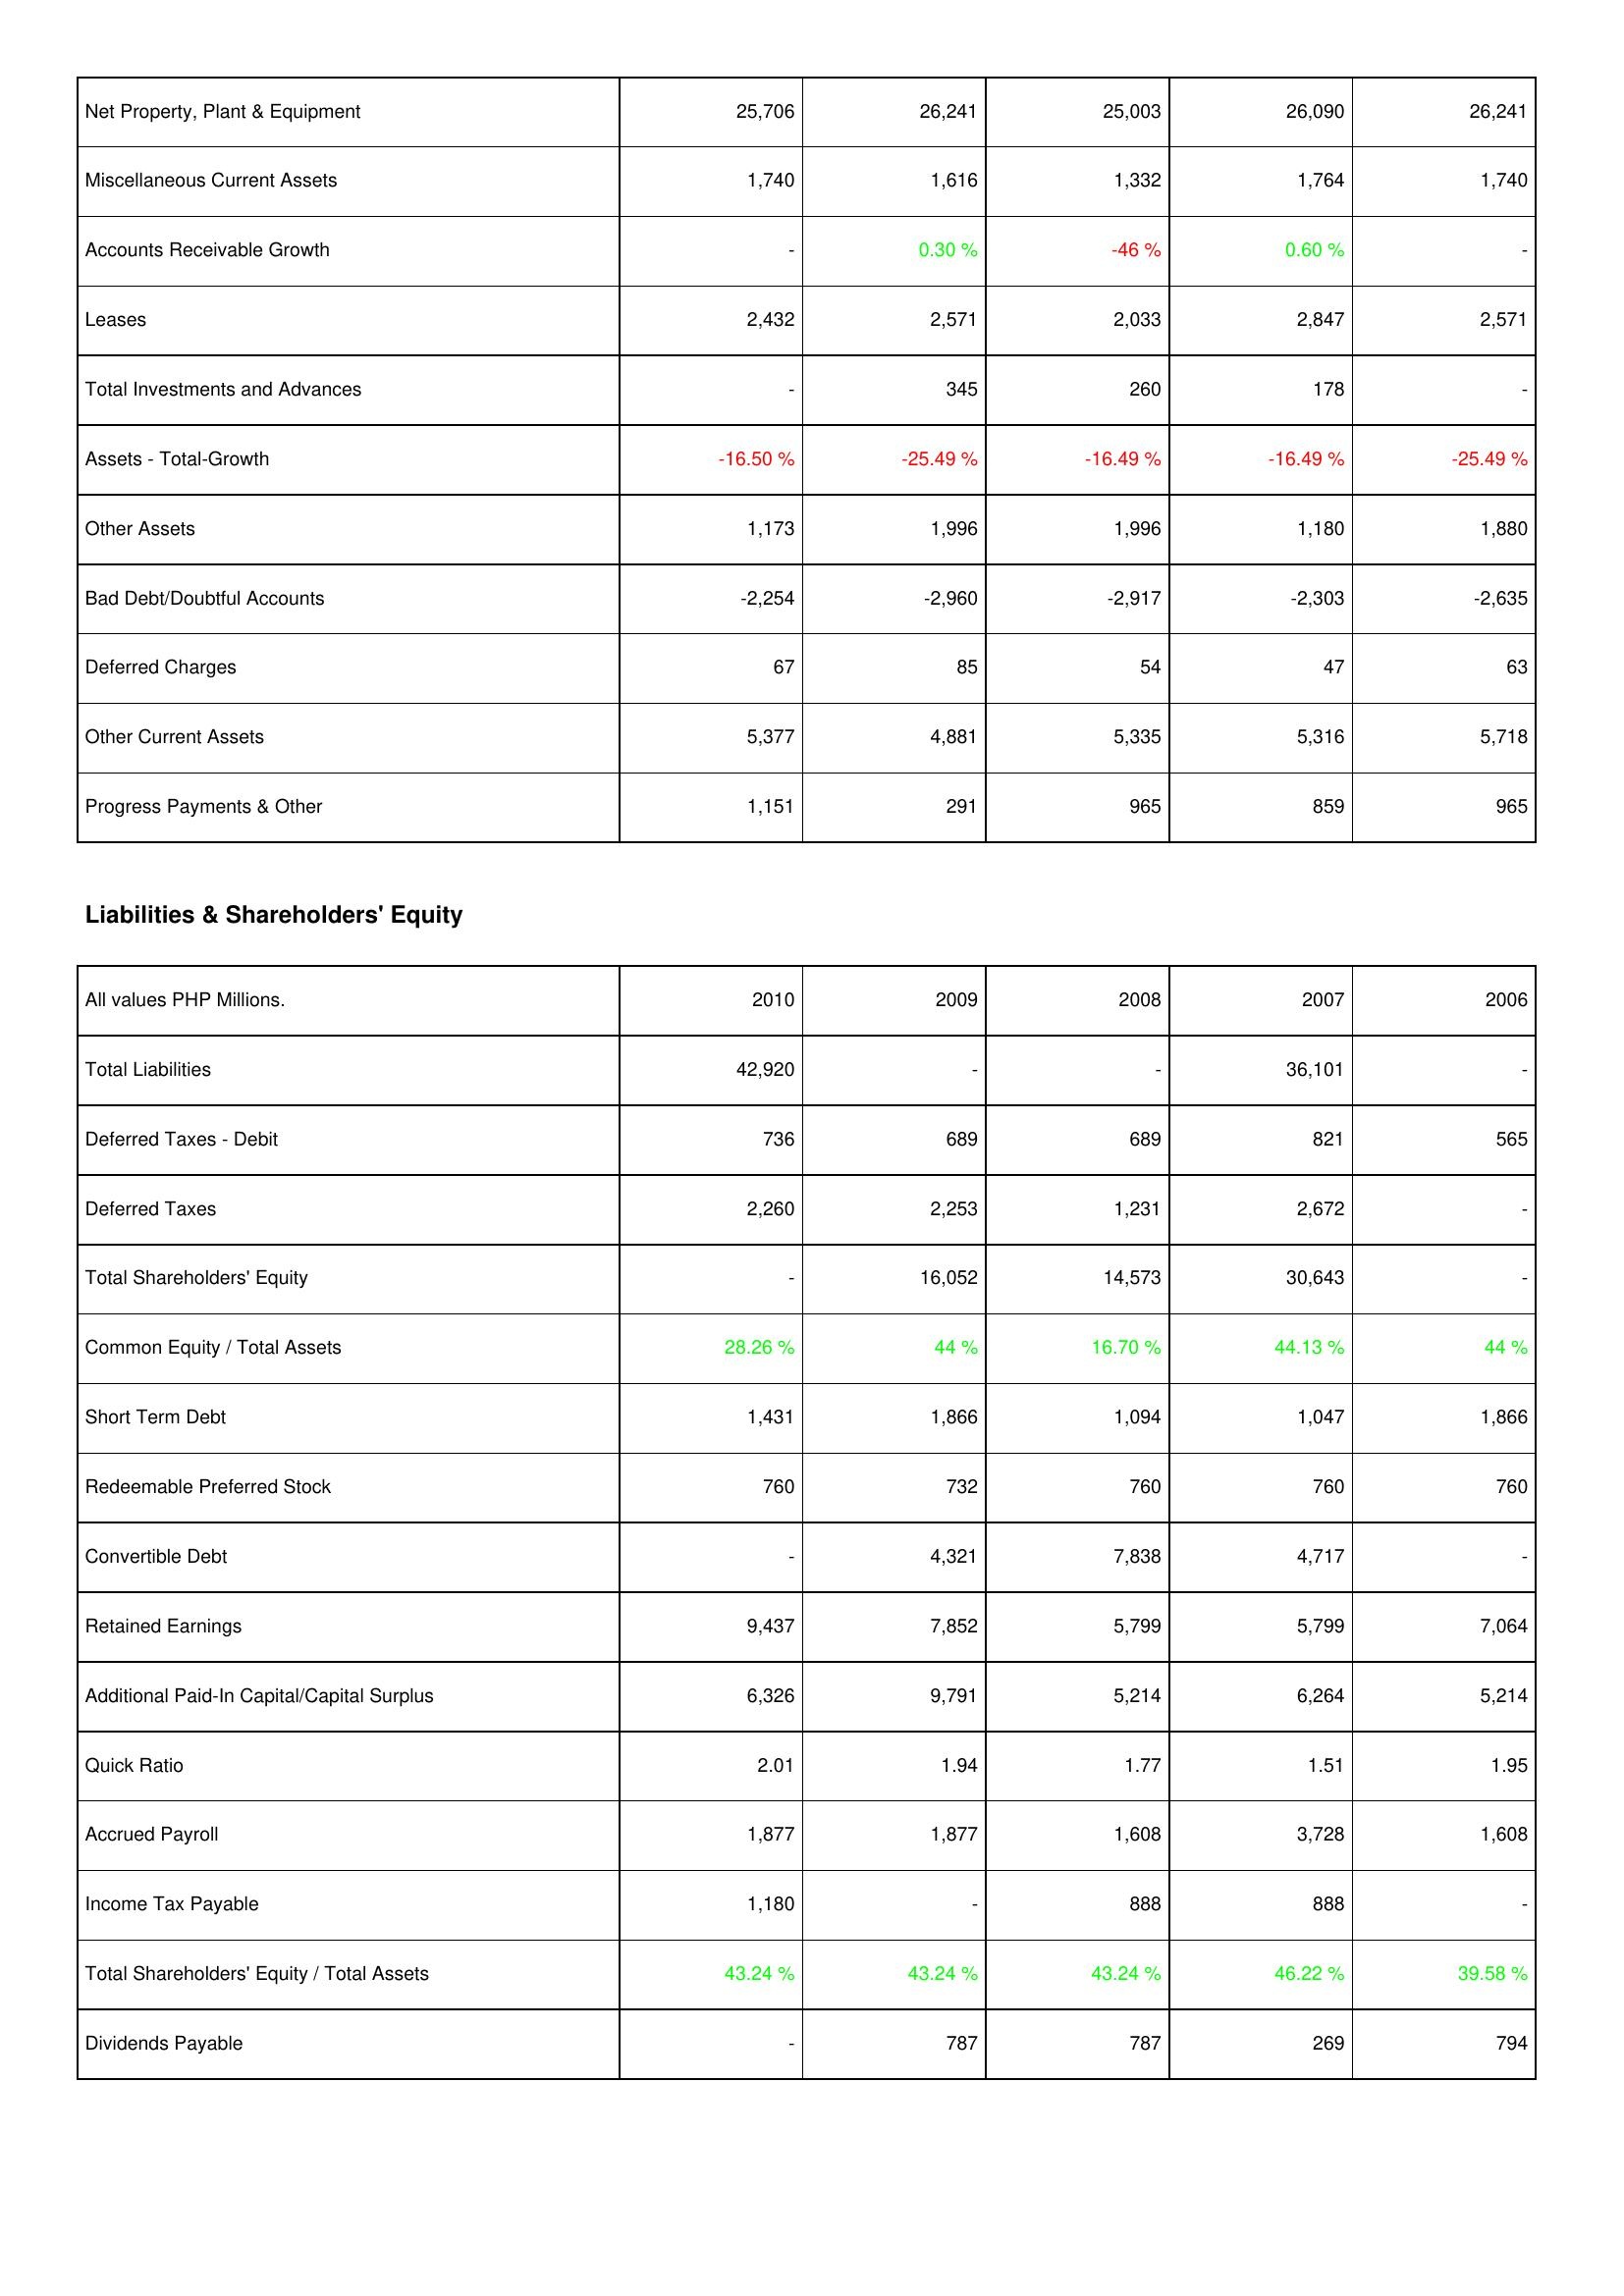
2010: Assets: Net Property, Plant & Equipment: 25,706
Miscellaneous Current Assets: 1,740
Accounts Receivable Growth: -
Leases: 2,432
Total Investments and Advances: -
Assets - Total-Growth: -16.50 %
Other Assets: 1,173
Bad Debt/Doubtful Accounts: -2,254
Deferred Charges: 67
Other Current Assets: 5,377
Progress Payments & Other: 1,151
Liabilities & Shareholders' Equity: Total Liabilities: 42,920
Deferred Taxes - Debit: 736
Deferred Taxes: 2,260
Total Shareholders' Equity: -
Common Equity / Total Assets: 28.26 %
Short Term Debt: 1,431
Redeemable Preferred Stock: 760
Convertible Debt: -
Retained Earnings: 9,437
Additional Paid-In Capital/Capital Surplus: 6,326
Quick Ratio: 2.01
Accrued Payroll: 1,877
Income Tax Payable: 1,180
Total Shareholders' Equity / Total Assets: 43.24 %
Dividends Payable: -
2009: Assets: Net Property, Plant & Equipment: 26,241
Miscellaneous Current Assets: 1,616
Accounts Receivable Growth: 0.30 %
Leases: 2,571
Total Investments and Advances: 345
Assets - Total-Growth: -25.49 %
Other Assets: 1,996
Bad Debt/Doubtful Accounts: -2,960
Deferred Charges: 85
Other Current Assets: 4,881
Progress Payments & Other: 291
Liabilities & Shareholders' Equity: Total Liabilities: -
Deferred Taxes - Debit: 689
Deferred Taxes: 2,253
Total Shareholders' Equity: 16,052
Common Equity / Total Assets: 44 %
Short Term Debt: 1,866
Redeemable Preferred Stock: 732
Convertible Debt: 4,321
Retained Earnings: 7,852
Additional Paid-In Capital/Capital Surplus: 9,791
Quick Ratio: 1.94
Accrued Payroll: 1,877
Income Tax Payable: -
Total Shareholders' Equity / Total Assets: 43.24 %
Dividends Payable: 787
2008: Assets: Net Property, Plant & Equipment: 25,003
Miscellaneous Current Assets: 1,332
Accounts Receivable Growth: -46 %
Leases: 2,033
Total Investments and Advances: 260
Assets - Total-Growth: -16.49 %
Other Assets: 1,996
Bad Debt/Doubtful Accounts: -2,917
Deferred Charges: 54
Other Current Assets: 5,335
Progress Payments & Other: 965
Liabilities & Shareholders' Equity: Total Liabilities: -
Deferred Taxes - Debit: 689
Deferred Taxes: 1,231
Total Shareholders' Equity: 14,573
Common Equity / Total Assets: 16.70 %
Short Term Debt: 1,094
Redeemable Preferred Stock: 760
Convertible Debt: 7,838
Retained Earnings: 5,799
Additional Paid-In Capital/Capital Surplus: 5,214
Quick Ratio: 1.77
Accrued Payroll: 1,608
Income Tax Payable: 888
Total Shareholders' Equity / Total Assets: 43.24 %
Dividends Payable: 787
2007: Assets: Net Property, Plant & Equipment: 26,090
Miscellaneous Current Assets: 1,764
Accounts Receivable Growth: 0.60 %
Leases: 2,847
Total Investments and Advances: 178
Assets - Total-Growth: -16.49 %
Other Assets: 1,180
Bad Debt/Doubtful Accounts: -2,303
Deferred Charges: 47
Other Current Assets: 5,316
Progress Payments & Other: 859
Liabilities & Shareholders' Equity: Total Liabilities: 36,101
Deferred Taxes - Debit: 821
Deferred Taxes: 2,672
Total Shareholders' Equity: 30,643
Common Equity / Total Assets: 44.13 %
Short Term Debt: 1,047
Redeemable Preferred Stock: 760
Convertible Debt: 4,717
Retained Earnings: 5,799
Additional Paid-In Capital/Capital Surplus: 6,264
Quick Ratio: 1.51
Accrued Payroll: 3,728
Income Tax Payable: 888
Total Shareholders' Equity / Total Assets: 46.22 %
Dividends Payable: 269
2006: Assets: Net Property, Plant & Equipment: 26,241
Miscellaneous Current Assets: 1,740
Accounts Receivable Growth: -
Leases: 2,571
Total Investments and Advances: -
Assets - Total-Growth: -25.49 %
Other Assets: 1,880
Bad Debt/Doubtful Accounts: -2,635
Deferred Charges: 63
Other Current Assets: 5,718
Progress Payments & Other: 965
Liabilities & Shareholders' Equity: Total Liabilities: -
Deferred Taxes - Debit: 565
Deferred Taxes: -
Total Shareholders' Equity: -
Common Equity / Total Assets: 44 %
Short Term Debt: 1,866
Redeemable Preferred Stock: 760
Convertible Debt: -
Retained Earnings: 7,064
Additional Paid-In Capital/Capital Surplus: 5,214
Quick Ratio: 1.95
Accrued Payroll: 1,608
Income Tax Payable: -
Total Shareholders' Equity / Total Assets: 39.58 %
Dividends Payable: 794